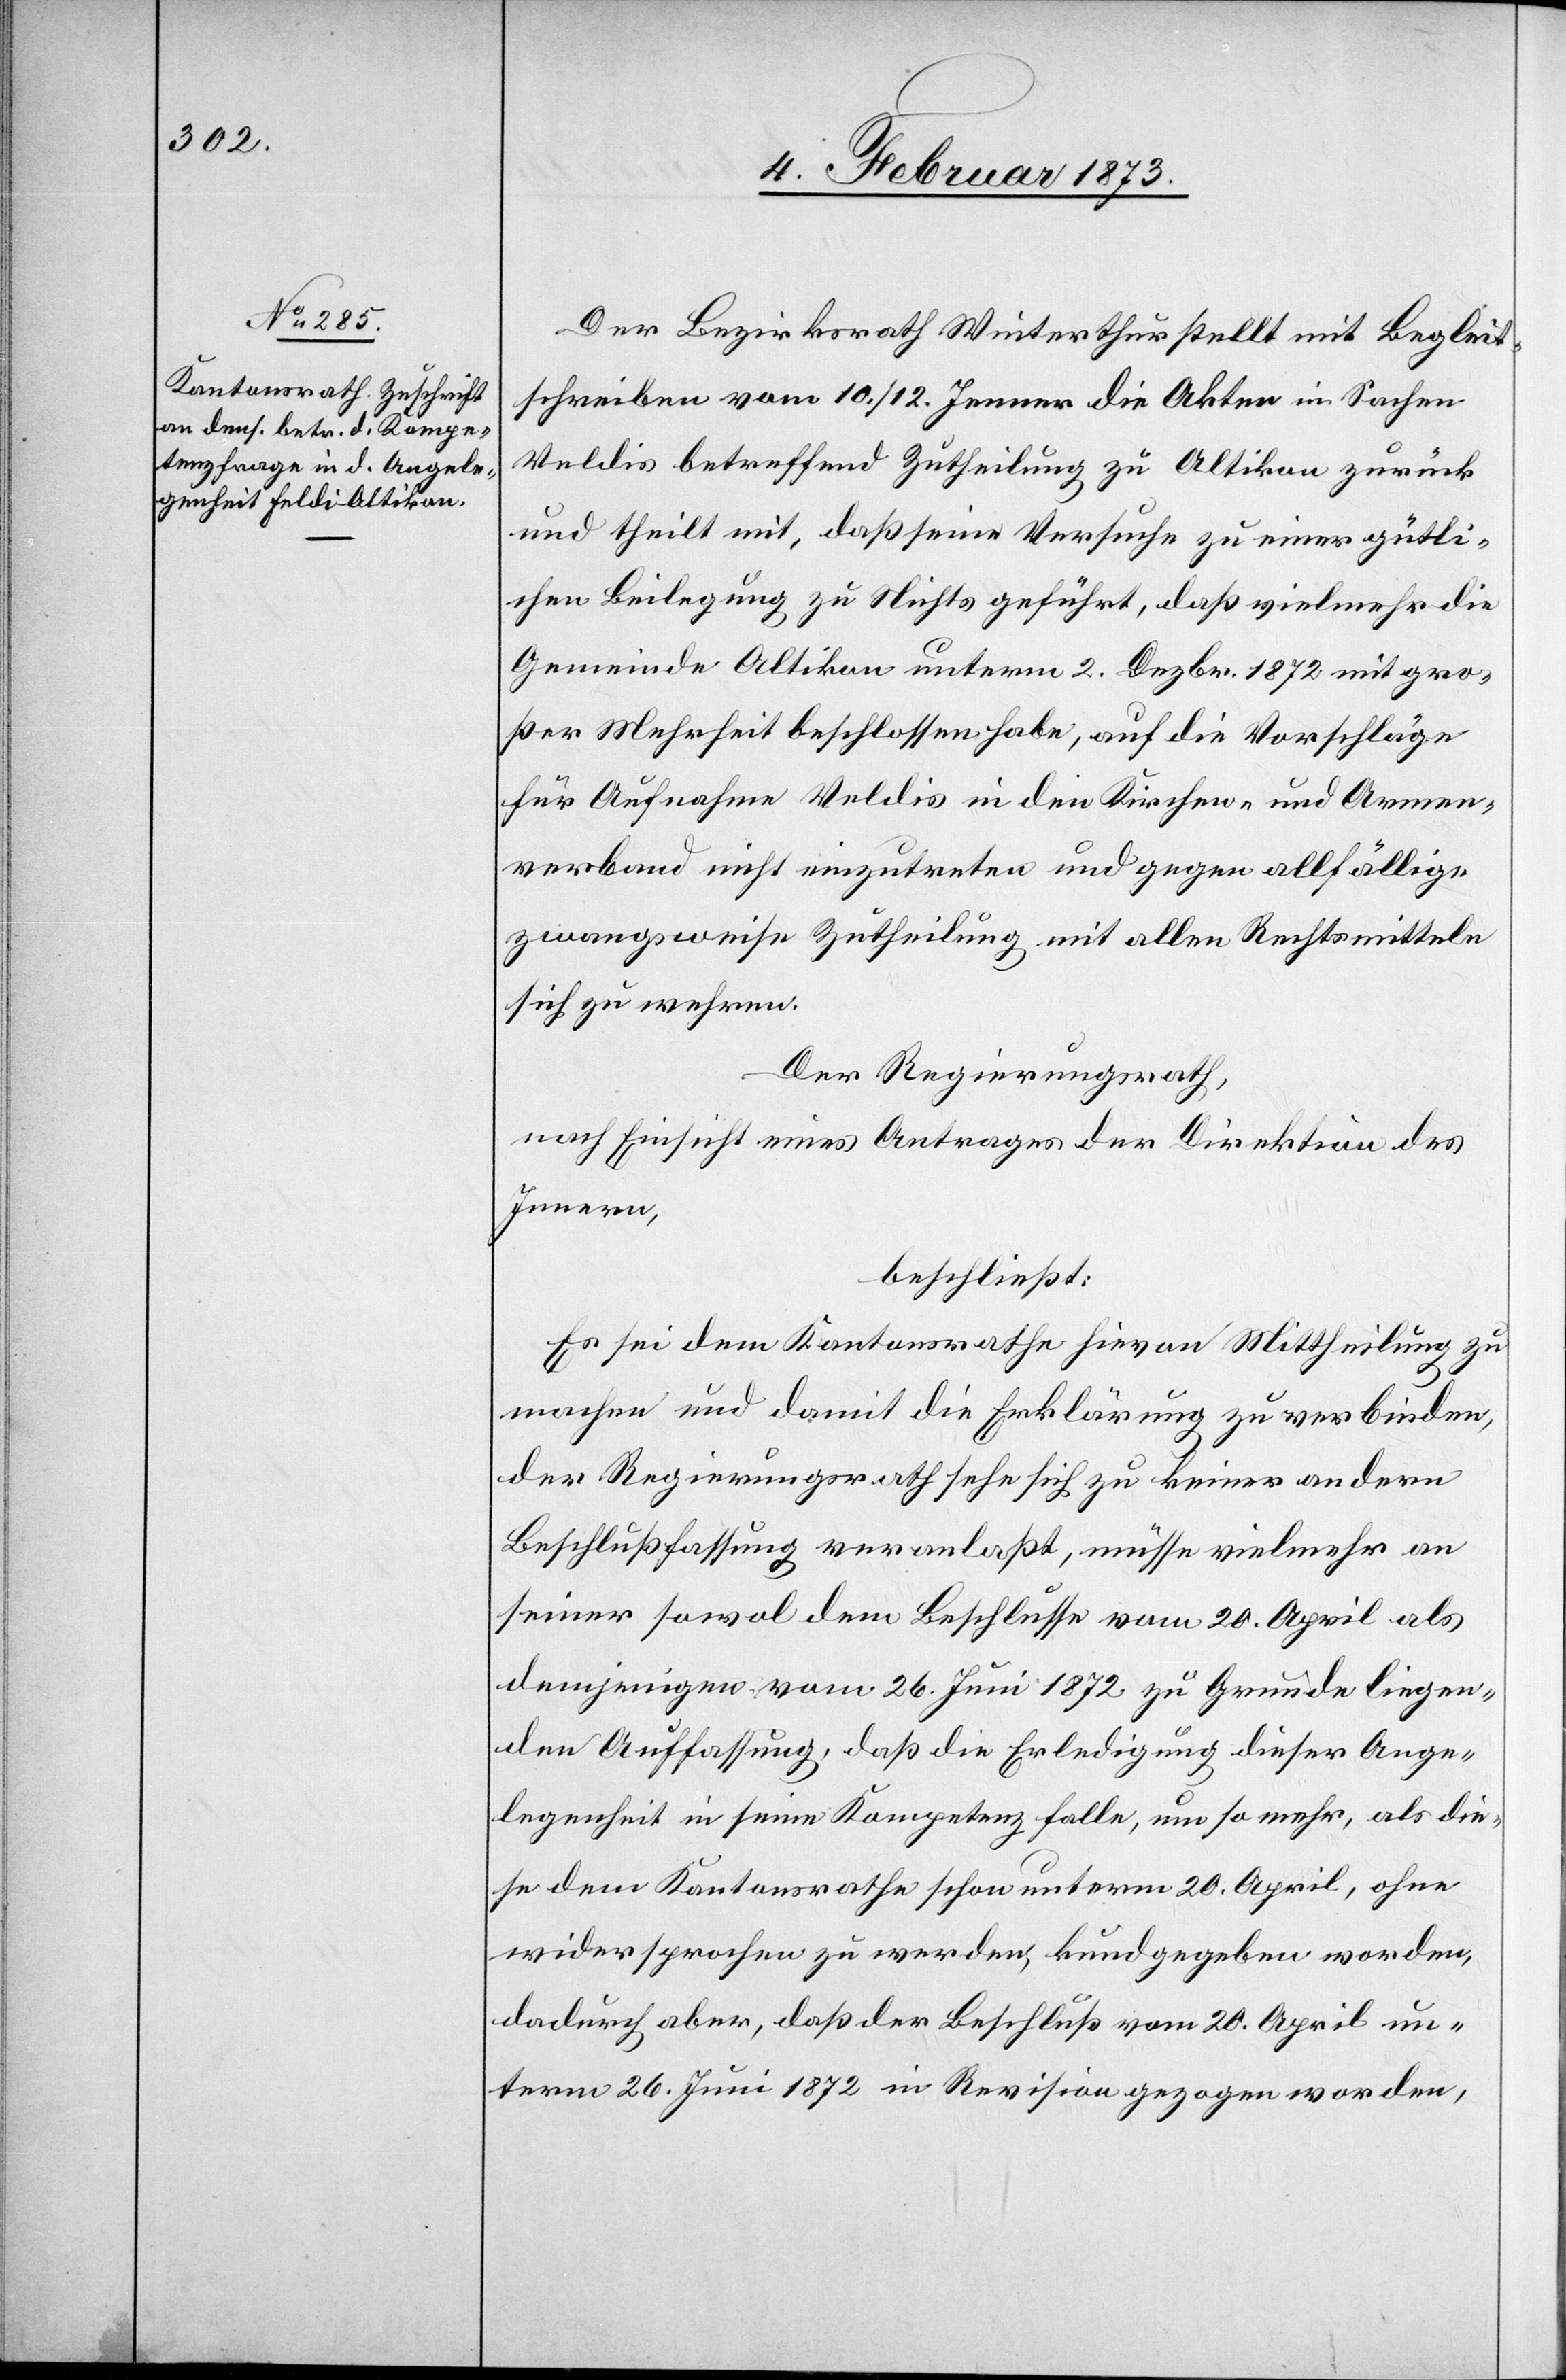
Der Bezirksrath Winterthur stellt mit Begleit¬
schreiben vom 10./12. Jenner die Akten in Sachen
Veldis betreffend Zutheilung zu Altikon zurück
und theilt mit, daß seine Versuche zu einer gütli¬
chen Beilegung zu Nichts geführt, daß vielmehr die
Gemeinde Altikon unterm 2. Dezbr. 1872 mit gro¬
ßer Mehrheit beschlossen habe, auf die Vorschläge
für Aufnahme Veldis in den Kirchen- und Armen¬
verband nicht einzutreten und gegen allfällige
zwangsweise Zutheilung mit allen Rechtsmitteln
sich zu wehren.
Der Regierungsrath,
nach Einsicht eines Antrages der Direktion des
Innern,
beschließt:
Es sei dem Kantonsrathe hievon Mittheilung zu
machen und damit die Erklärung zu verbinden,
der Regierungsrath sehe sich keiner andern
Beschlußfassung veranlaßt, müsse vielmehr an
seiner sowol dem Beschlusse vom 20. April als
demjenigen vom 26. Juni 1872 zu Grunde liegen¬
den Auffassung, daß die Erledigung dieser Ange¬
legenheit in seine Kompetenz falle, um so mehr, als die¬
se dem Kantonsrathe schon unterm 20. April, ohne
widersprochen zu werden, kundgegeben worden,
dadurch aber, daß der Beschluß vom 20. April un¬
term 26. Juni 1872 in Revision gezogen worden,